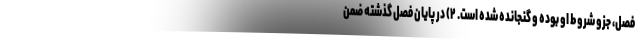
فصل، جزو شروط او بوده و گنجانده شده است. ۲) در پایان فصل گذشته ضمن